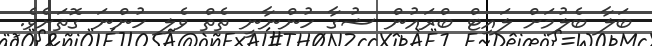
ބަލާ ބެލުމަށް ލައިޓް ބްރައުން ޝުގާ ހުންނާނީ ތެތް ވެލި ހުންނަ ގޮތަށެވެ.